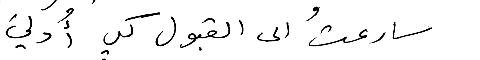
سارعتُ الى القبول كي أُدليَ